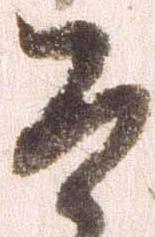
そ